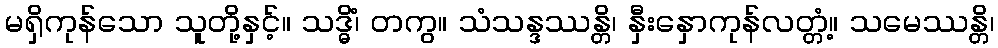
မရှိကုန်သော သူတို့နှင့်။ သဒ္ဓိံ၊ တကွ။ သံသန္ဒဿန္တိ၊ နှီးနှောကုန်လတ္တံ့။ သမေဿန္တိ၊